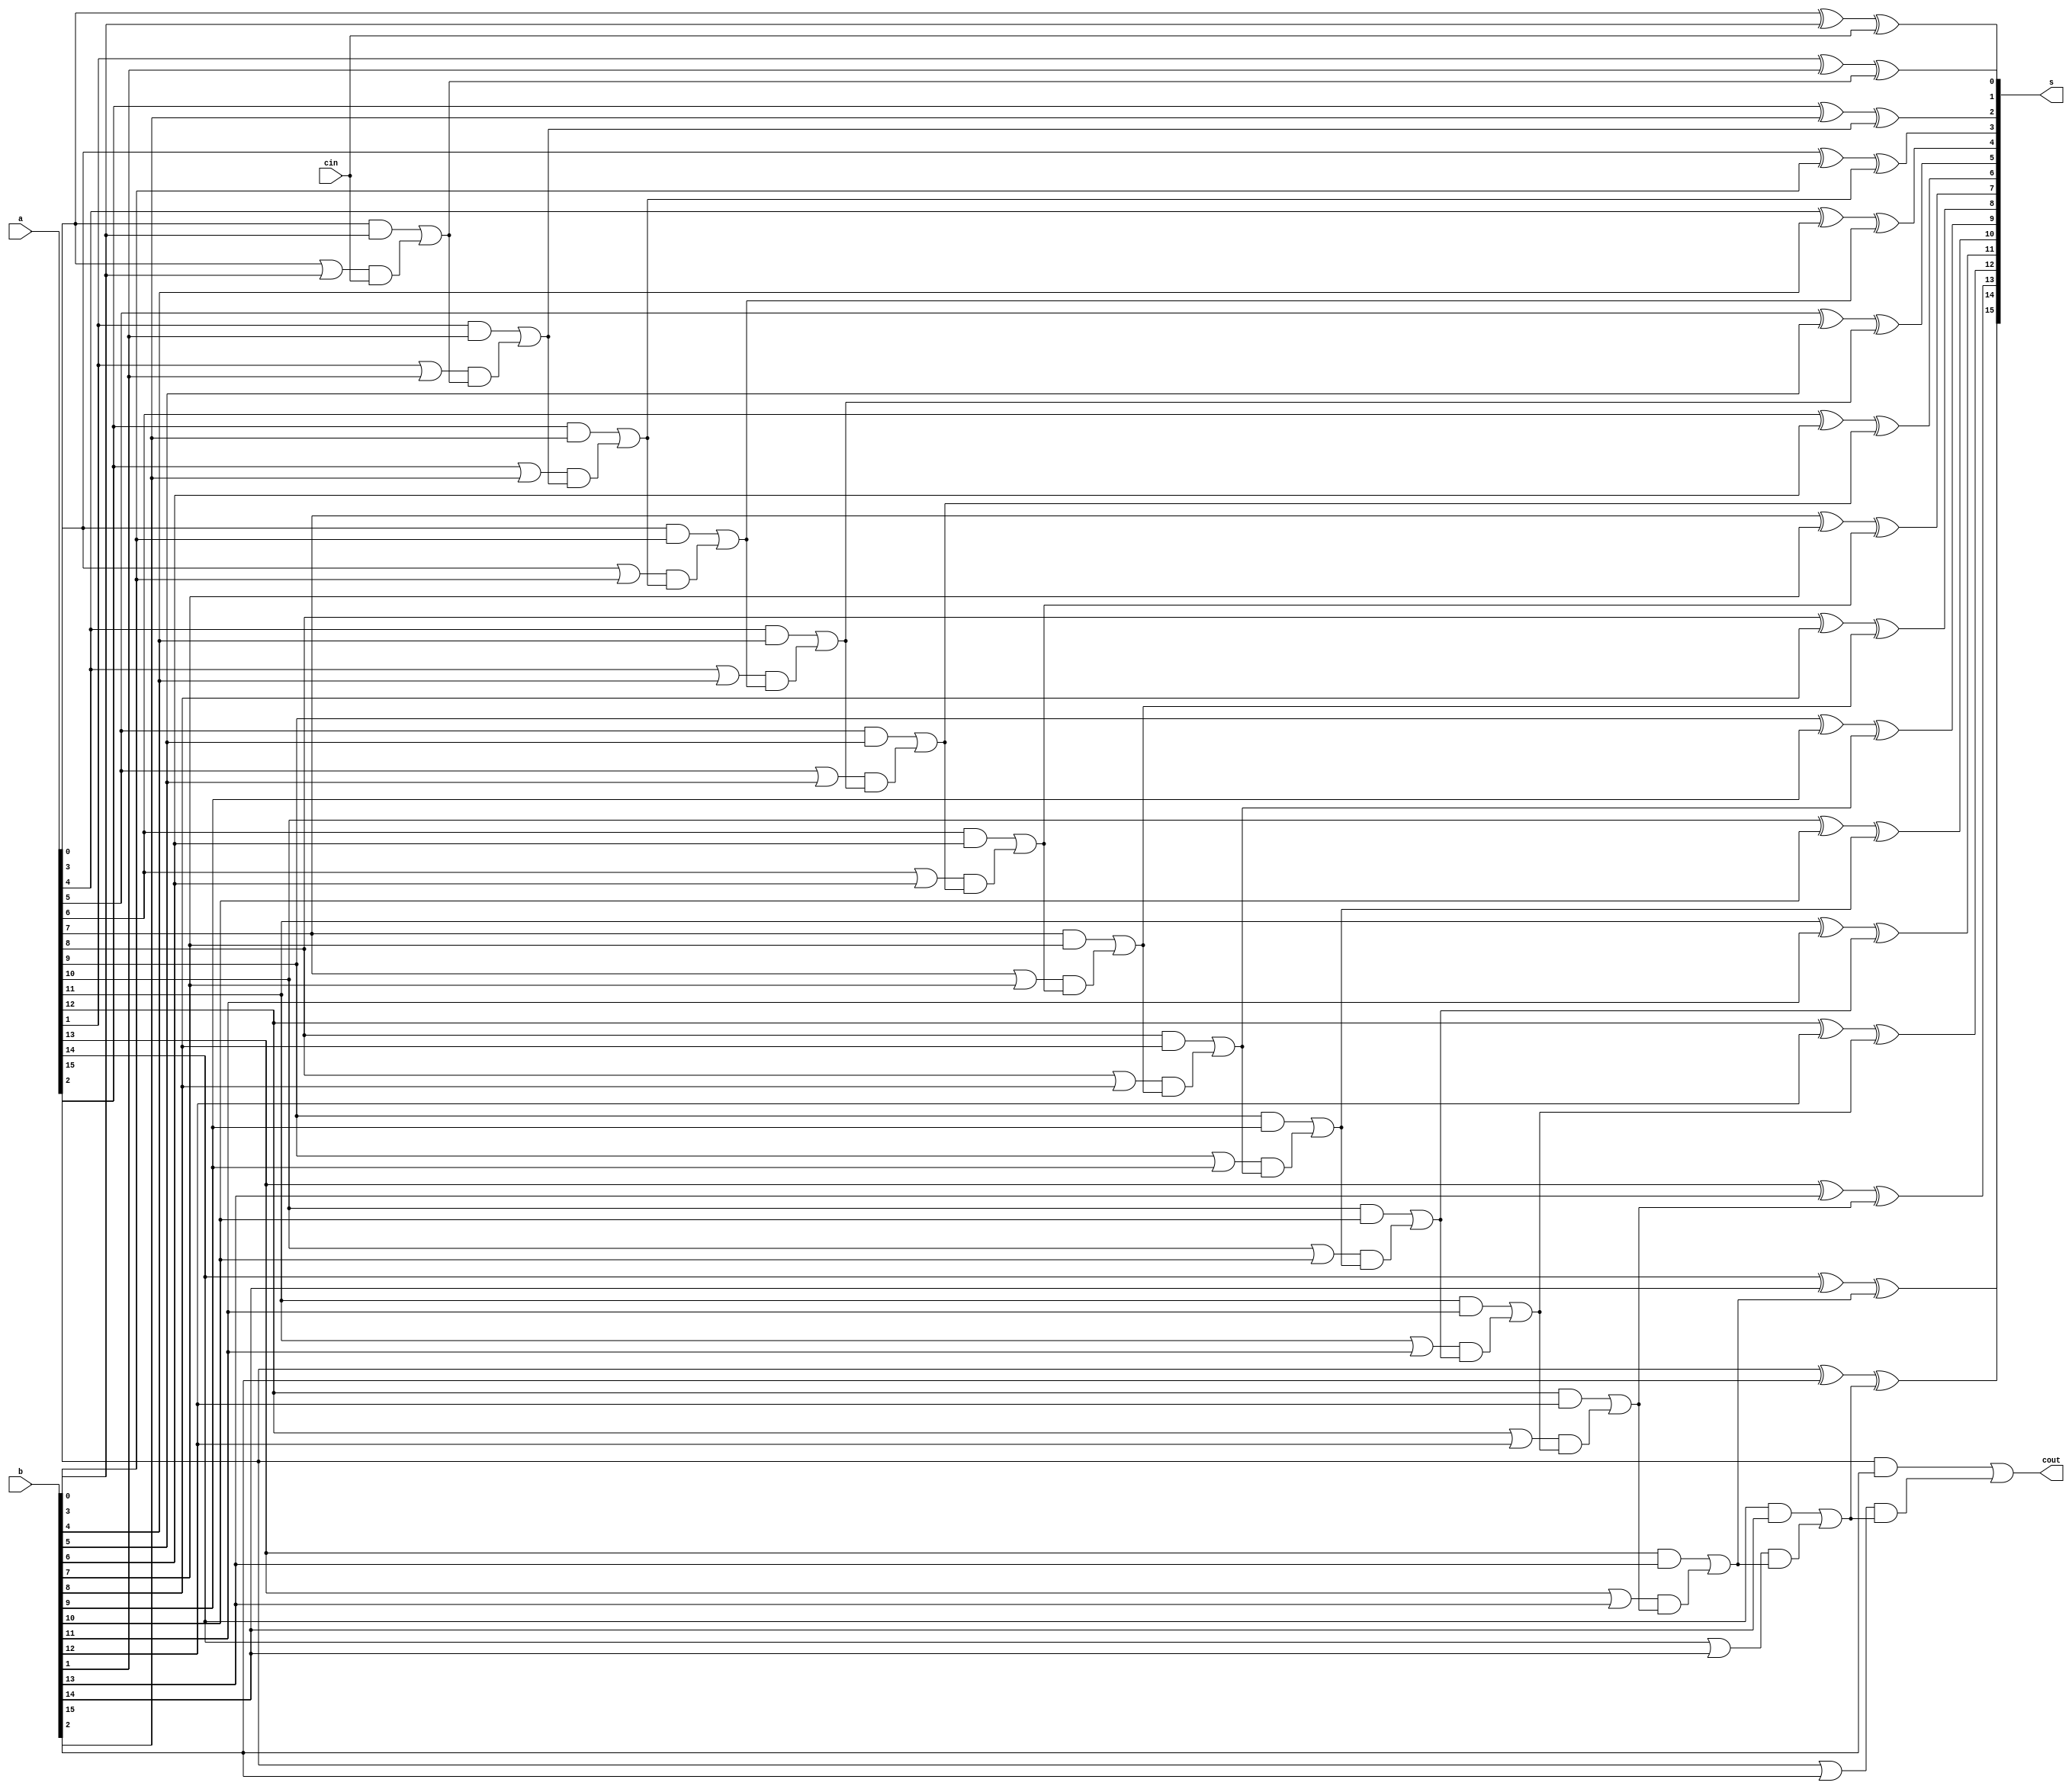
module cla_v4(a, b, cin, cout, s);
    input [15:0] a,b;
    input cin;
    output cout;
    output [15:0] s;

    wire [15:0] g, p;
    wire [16:0] c;
    genvar i;

    generate 
        assign c[0] = cin;

        for (i=0; i<16; i= i+1)
        begin
          assign g[i] = a[i] & b[i];
          assign p[i] = a[i] | b[i];
          assign c[i+1] = g[i] | p[i] & c[i];
        end

        assign cout = c[16];

        for (i=0; i<16; i= i+1)
        begin
          assign s[i] = a[i] ^ b[i] ^ c[i];
        end
    endgenerate
endmodule